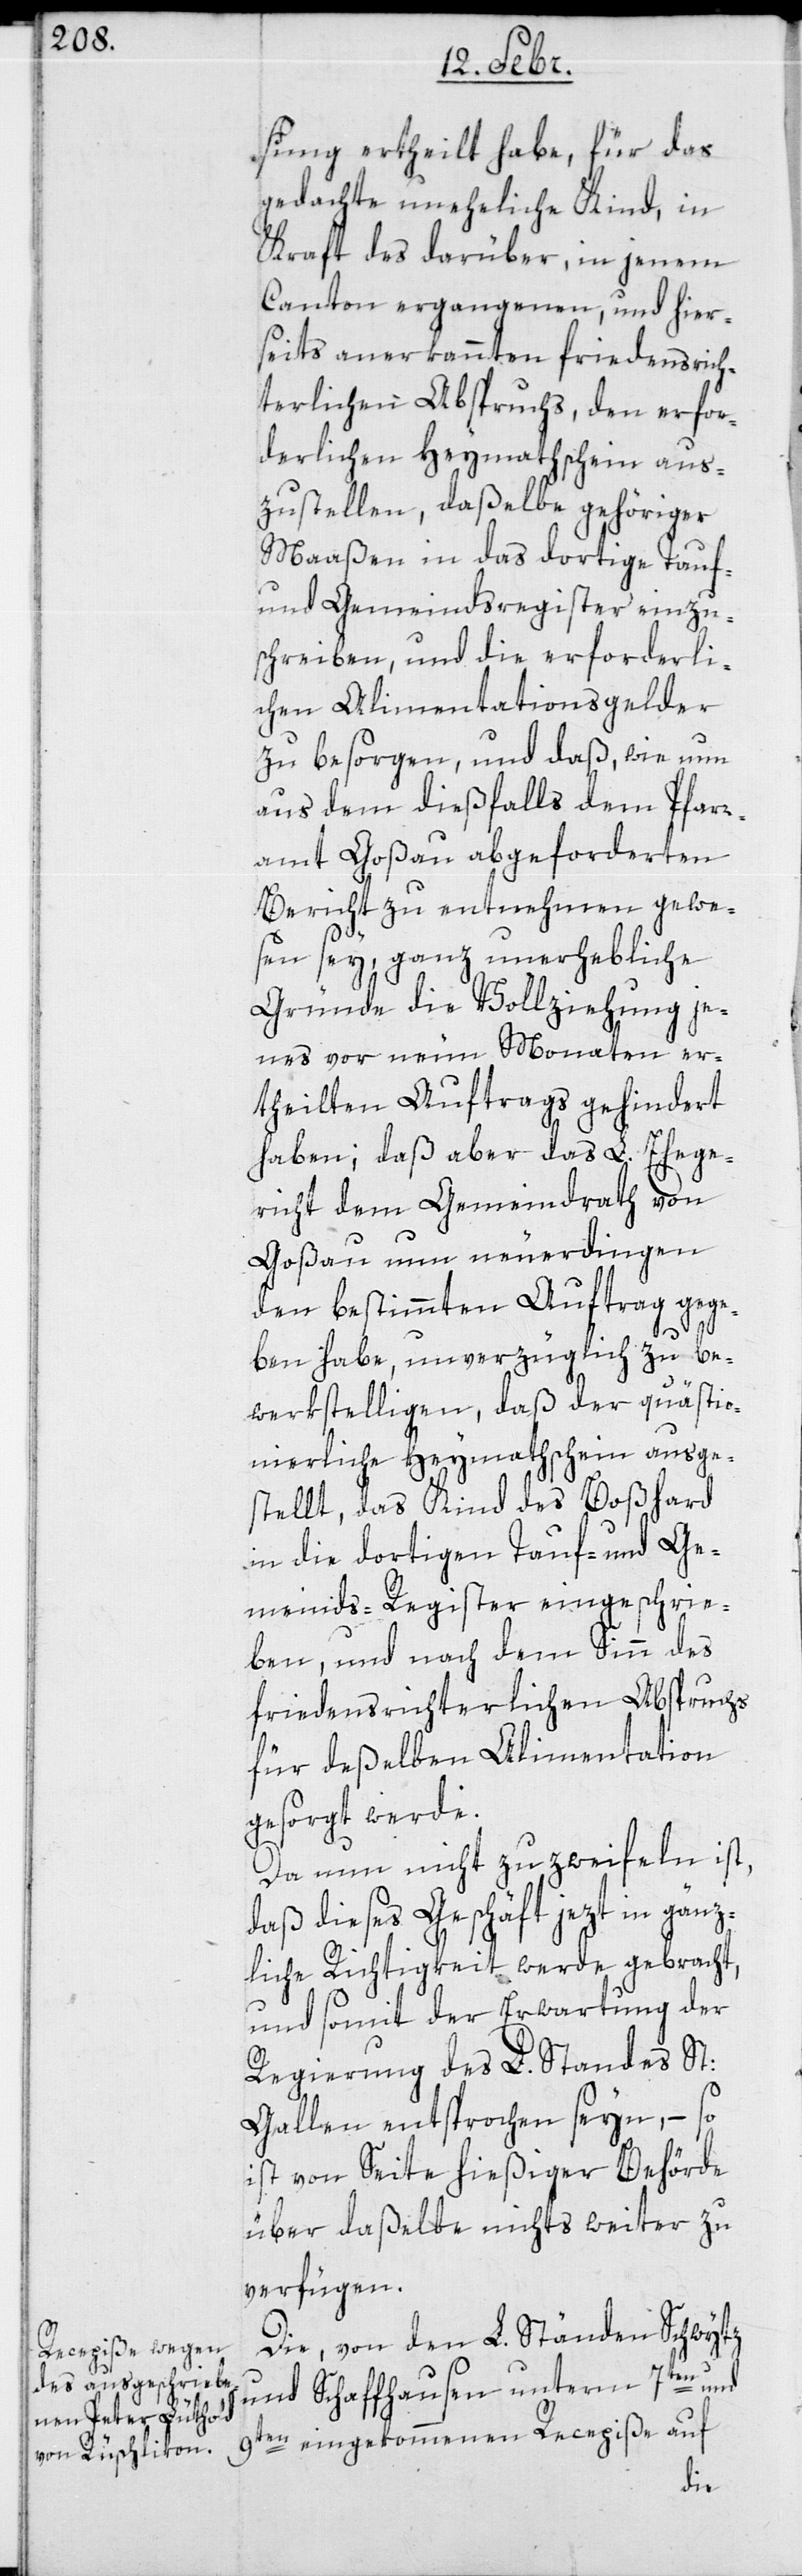
sung ertheilt habe, für das
gedachte uneheliche Kind, in
kraft des darüber in jenem
Canton ergangenen und hier¬
seits anerkannten Friedensrich¬
terlichen Abspruchs, den erfor¬
derlichen Heymathschein aus¬
zustellen, daßelbe gehöriger
Maaßen in das dortige Tauf-
und Gemeindsregister einzu¬
schreiben, und die erforderli¬
chen Alimentationsgelder
zu besorgen, und daß wie nun
aus dem diesfalls dem Pfarr¬
amt Goßau abgeforderten
Bericht zu entnehmen gewe¬
sen sei, ganz unerhebliche
Gründe die Vollziehung je¬
nes vor neun Monaten er¬
theilten Auftrags gehindert
haben; daß aber das L. Ehege¬
richt dem Gemeindrath von
Goßau nun neuerdingen
den bestimmten Auftrag gege¬
ben habe, unverzüglich zu be¬
werkstelligen, daß der quästio¬
nierliche Heymathschein ausge¬
stellt, das Kind des Boßhard
in die dortigen Tauf- und Ge¬
meinds-Register eingeschrie¬
ben, und nach dem Sinn des
friedensrichterlichen Abspruchs
für deßelben Alimentation
gesorgt werde.
Da nun nicht zu zweyfeln ist,
daß dieses Geschäft jezt in gänz¬
liche Richtigkeit werde gebracht,
und somit der Erwartung der
Regierung des L. Standes St.
Gallen entsprochen seyn, – so
ist von Seite hießiger Behörde
über daßelbe nichts weiter zu
verfügen.
Die von den L. Ständen Schwytz
und Schaffhausen unterm 7ten und
9ten eingekommenen Recepiße auf